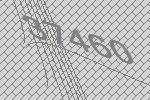
37460